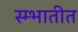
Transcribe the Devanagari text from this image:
स्म्भातीत